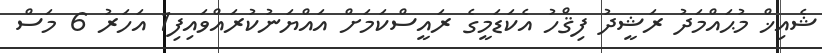
ޝެއިޚް މުޙައްމަދު ރަޝީދު ފިޤްހު އެކަޑަމީގެ ރައީސްކަމަށް އައްޔަނުކުރައްވައިފި1 އަހަރު 6 މަސް